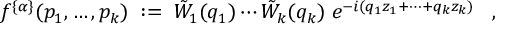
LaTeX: f ^ { \{ \alpha \} } ( p _ { 1 } , \ldots , p _ { k } ) \; : = \; \tilde { W } _ { 1 } ( q _ { 1 } ) \cdots \tilde { W } _ { k } ( q _ { k } ) \; e ^ { - i ( q _ { 1 } z _ { 1 } + \cdots + q _ { k } z _ { k } ) } \; \; \; ,